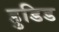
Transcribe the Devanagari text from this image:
हुडिड